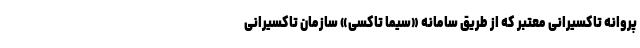
پروانه تاکسیرانی معتبر که از طریق سامانه «سیما تاکسی» سازمان تاکسیرانی